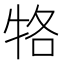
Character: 𤙑